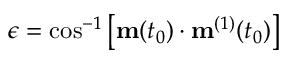
\epsilon = \cos ^ { - 1 } \left[ \mathbf { m } ( t _ { 0 } ) \cdot \mathbf { m } ^ { ( 1 ) } ( t _ { 0 } ) \right]